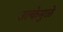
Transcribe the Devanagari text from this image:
उल्केमुळे